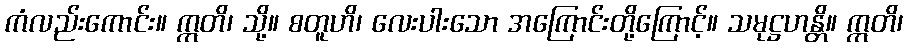
ကံလည်းကောင်း။ ဣတိ၊ သို့။ စတူဟိ၊ လေးပါးသော အကြောင်းတို့ကြောင့်။ သမုဋ္ဌဟန္တိ။ ဣတိ၊